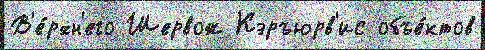
В'е́рхн'его Шервож Кэръюрв'ис объе́ктов